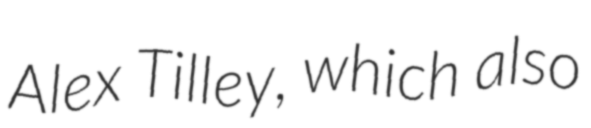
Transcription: Alex Tilley, which also